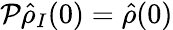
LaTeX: {\mathcal P}\hat{\rho}_{I}(0)=\hat{\rho}(0)